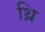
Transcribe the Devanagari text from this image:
थ्रि